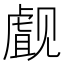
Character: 𰴜